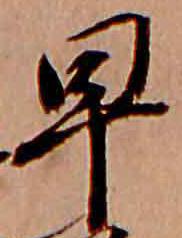
早